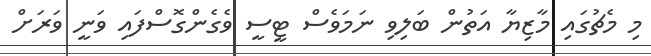
މި މެޗުގައި މާޒިޔާ އަތުން ބަލިވި ނަމަވެސް ޓީސީ ވެގެންގޮސްފައި ވަނީ ވަރަށް